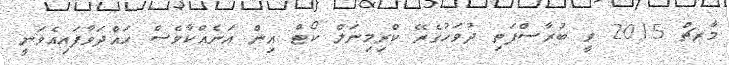
މާރޗް 2015 ވީ ބުރާސްފަތި ދުވަހުގެރޭ ކްރިމިނަލް ކޯޓް އިން އަނެއްކާވެސް ހައްދަވާފައިއެވަނީ